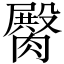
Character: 臋